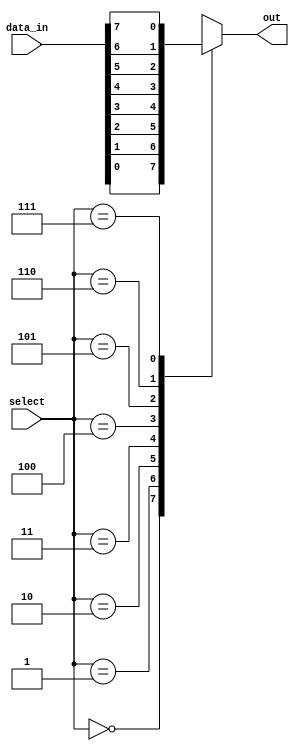
module mux_8to1 (
    input [7:0] data_in, // 8 input signals
    input [2:0] select,  // 3-bit select signal
    output reg out
);

always @ (*) begin
    case (select)
        3'b000: out = data_in[0];
        3'b001: out = data_in[1];
        3'b010: out = data_in[2];
        3'b011: out = data_in[3];
        3'b100: out = data_in[4];
        3'b101: out = data_in[5];
        3'b110: out = data_in[6];
        3'b111: out = data_in[7];
        default: out = 1'bz; // tri-state output
    endcase
end

endmodule